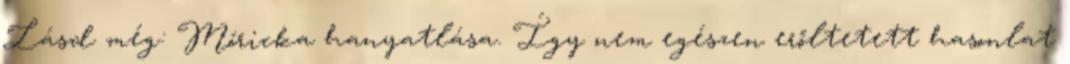
Lásd még: Móricka hanyatlása. Így nem egészen erőltetett hasonlat